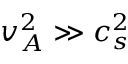
v _ { A } ^ { 2 } \gg c _ { s } ^ { 2 }